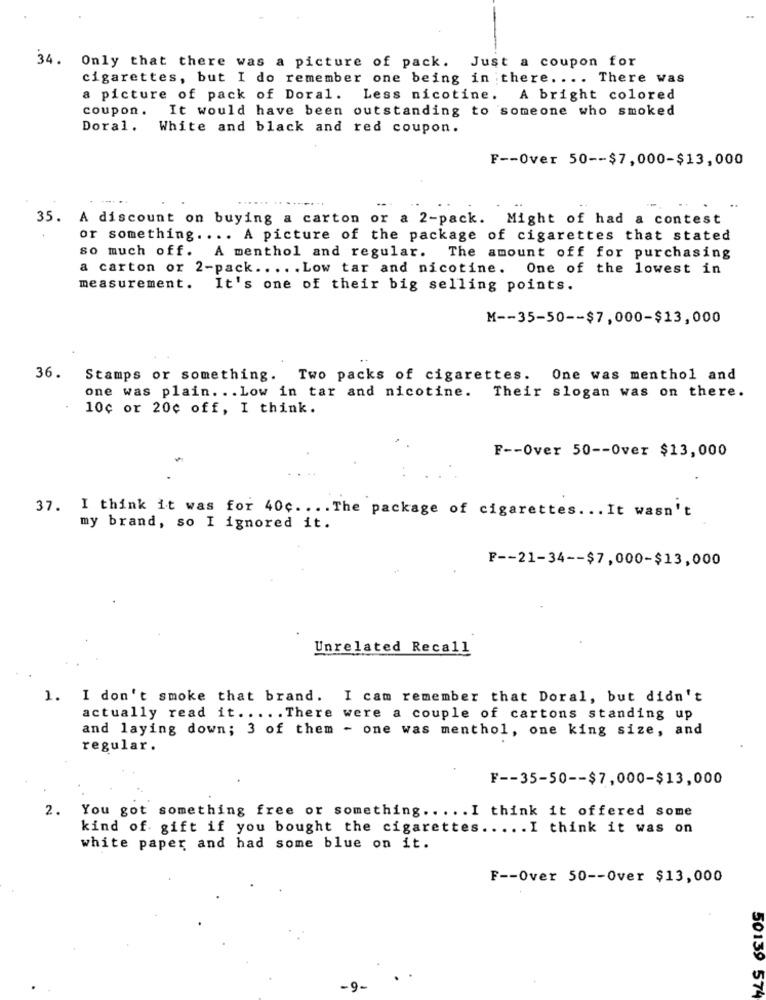
34. Only that there was a picture of pack. Just a coupon for
cigarettes, but I do remember one being in there. ... There was
a picture of pack of Doral. Less nicotine. A bright colored
coupon.
It would have been outstanding to someone who smoked
Doral. White and black and red coupon.
F -- Over 50 -- $7,000-$13,000
35. A discount on buying a carton or a 2-pack. Might of had a contest
or something .... A picture of the package of cigarettes that stated
so much off. A menthol and regular. The amount off for purchasing
a carton or 2-pack ..... Low tar and nicotine. One of the lowest in
measurement. It's one of their big selling points.
M -- 35-50 -- $7,000-$13,000
..
36.
Stamps or something. Two packs of cigarettes. One was menthol and
one was plain. .. Low in tar and nicotine. Their slogan was on there.
10¢ or 20¢ off, I think.
F -- Over 50 -- Over $13,000
. .
37. I think it was for 40c .... The package of cigarettes ... It wasn't
my brand, so I ignored it.
F -- 21-34 -- $7,000-$13,000
Unrelated Recall
1. I don't smoke that brand. I cam remember that Doral, but didn't
actually read it ..... There were a couple of cartons standing up
and laying down; 3 of them - one was menthol, one king size, and
regular.
F -- 35-50 -- $7,000-$13,000
You got something free or something ..... I think it offered some
2.
kind of gift if you bought the cigarettes ..... I think it was on
white paper and had some blue on it.
F -- Over 50 -- Over $13,000
-9-
50139 574